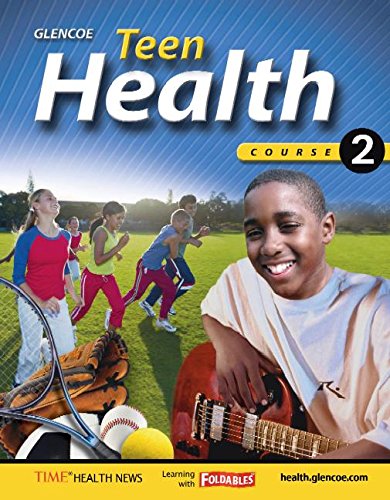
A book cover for Teen Health, Course 2, Student Edition; McGraw-Hill Education; Health, Fitness & Dieting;